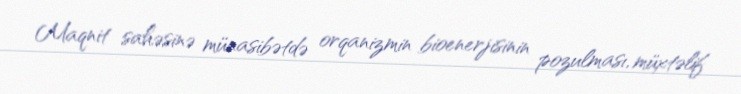
Maqnit sahəsinə münasibətdə orqanizmin bioenerjisinin pozulması, müxtəlif